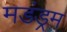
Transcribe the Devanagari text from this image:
मडंड्रम